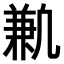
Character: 𫥣